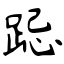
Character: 跽